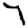
Digit: 7